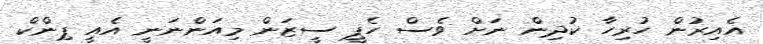
އެއިރުން ހުރިހާ ކުދިން ނަށް ވެސް ހެޕީ ސީޒަން މިއަންނަނީ އެއީ ޕިންކް